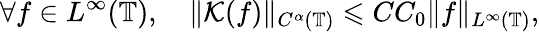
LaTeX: \forall f\in L^{\infty}(\mathbb{T}),\quad\| \mathcal{K}(f)\| _{C^{\alpha}(\mathbb{T})}\leqslant CC_{0}\| f\| _{L^{\infty}(\mathbb{T})},